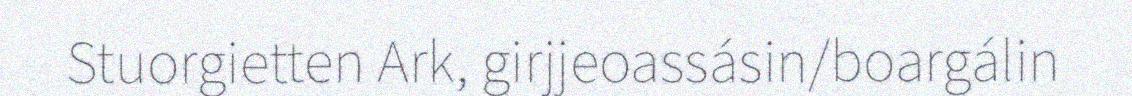
Stuorgietten Ark, girjjeoassásin/boargálin